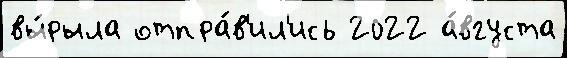
вы́рыла отпра́в'ил'ись 2022 а́вгуста